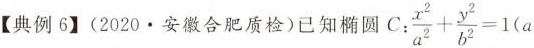
【典例6】(2020.安徽合肥质检)已知椭圆C：$$\frac{x^{2}}{a^{2}}+ \frac{y^{2}}{b^{2}}=1(a$$